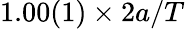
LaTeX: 1.00(1)\times 2a/T